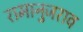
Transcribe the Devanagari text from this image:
रामानुजराव